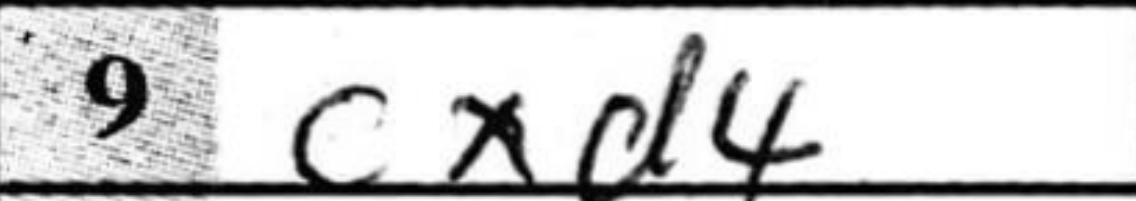
Transcription: cxd4